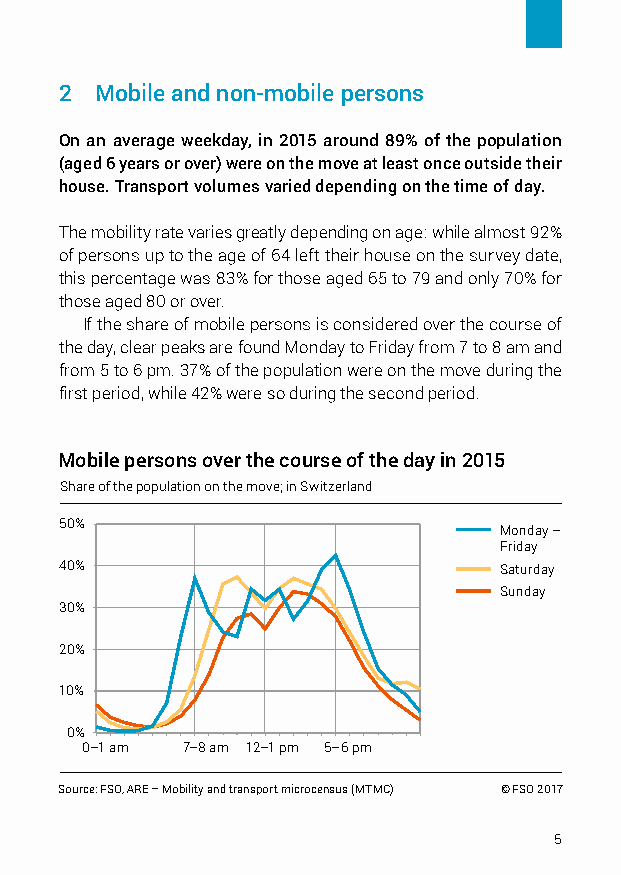
2 M obile and non-mobile persons
 On an average weekday, in 2015 around 89% of the population
 (aged 6 years or over) were on the move at least once outside their
 house. Transport volumes varied depending on the time of day.
 The mobility rate varies greatly depending on age: while almost 92%
 of persons up to the age of 64 left their house on the survey date,
 this percentage was 83% for those aged 65 to 79 and only 70% for
 those aged 80 or over.
 If the share of mobile persons is considered over the course of
 the day, clear peaks are found Monday to Friday from 7 to 8 am and
 from 5 to 6 pm. 37% of the population were on the move during the
 first period, while 42% were so during the second period.
 Mobile persons over the course of the day in 2015
 Share of the population on the move; in Switzerland
 50%                          Monday –
 Friday
 40%                          Saturday
 Sunday
 30%
 20%
 10%
 0%
 0–1 am 7–8 am 12–1 pm 5–6 pm
 Source: FSO, ARE – Mobility and transport microcensus (MTMC) © FSO 2017
 5